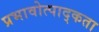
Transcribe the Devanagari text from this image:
प्रभावोत्पाद्कता